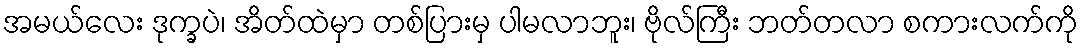
အမယ်လေး ဒုက္ခပဲ၊ အိတ်ထဲမှာ တစ်ပြားမှ ပါမလာဘူး၊ ဗိုလ်ကြီး ဘတ်တလာ စကားလက်ကို